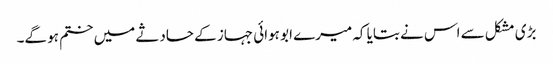
بڑی مشکل سے اس نے بتایا کہ میرے ابو ہوائی جہاز کے حادثے میں ختم ہو گے۔